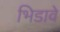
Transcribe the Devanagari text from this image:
भिडावे